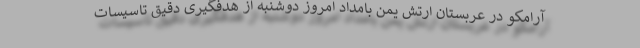
آرامکو در عربستان ارتش یمن بامداد امروز دوشنبه از هدفگیری دقیق تاسیسات